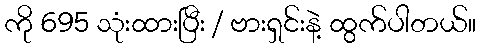
ကို 695 သုံးထားပြီး / ဗားရှင်းနဲ့ ထွက်ပါတယ်။